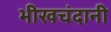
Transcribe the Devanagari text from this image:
भीखचंदानी